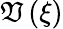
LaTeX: \mathfrak{V}\left(\xi\right)